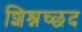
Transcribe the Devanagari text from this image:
शिश्नच्छद